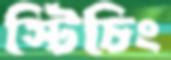
স্টিচিং